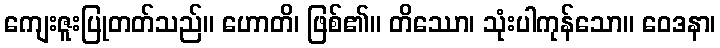
ကျေးဇူးပြုတတ်သည်။ ဟောတိ၊ ဖြစ်၏။ တိဿော၊ သုံးပါကုန်သော။ ဝေဒနာ၊